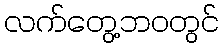
လက်တွေ့ဘဝတွင်